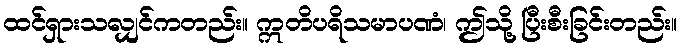
ထင်ရှားသလျှင်ကတည်း။ ဣတိပရိသမာပဏံ၊ ဤသို့ ပြီးစီးခြင်းတည်း။